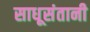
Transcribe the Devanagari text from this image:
साधूसंतानी